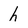
Character: h